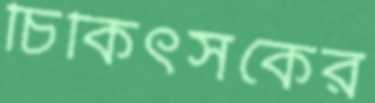
চিকিৎসকের